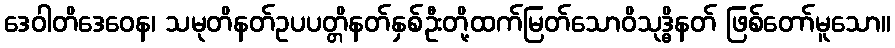
ဒေဝါတိဒေဝေန၊ သမုတိနတ်ဥပပတ္တိနတ်နှစ်ဦးတို့ထက်မြတ်သောဝိသုဒ္ဓိနတ် ဖြစ်တော်မူသော။